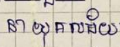
នាយុគសម័យ